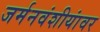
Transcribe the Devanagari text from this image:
जर्मनवंशीयांवर